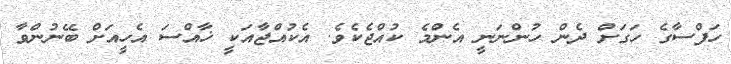
ހަފްސާގެ ހަގަށް ދެން ހުންނަނީ އެންމެ ކުއްޖެކެވެ. އެކުއްޖާއަކީ ޚާއްސަ އެހީއަށް ބޭނުންވާ